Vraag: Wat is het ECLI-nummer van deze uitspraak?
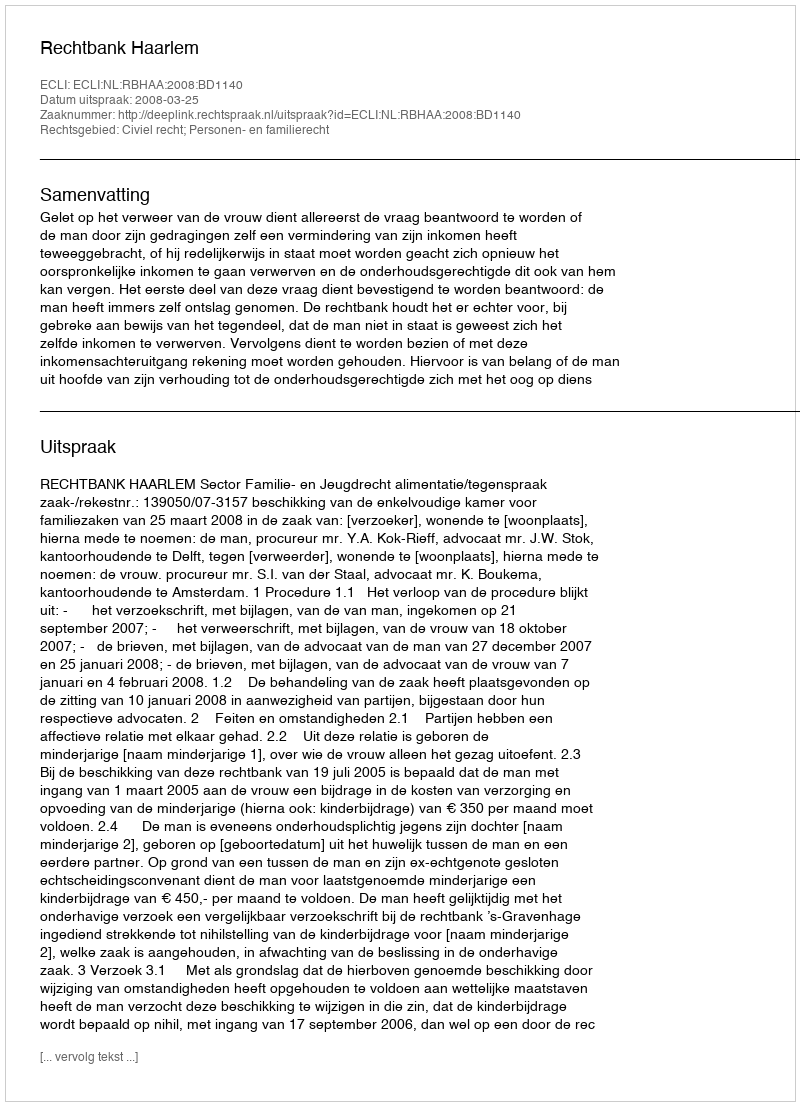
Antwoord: ECLI:NL:RBHAA:2008:BD1140